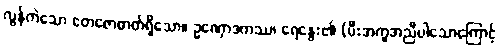
လွန်ကဲသော တေဇောဓာတ်ရှိသော။ ဥဏှောဒကဿ၊ ရေနွေး၏ (မီးအကူအညီပါသောကြောင့်